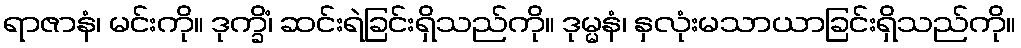
ရာဇာနံ၊ မင်းကို။ ဒုက္ခိံ၊ ဆင်းရဲခြင်းရှိသည်ကို။ ဒုမ္မနံ၊ နှလုံးမသာယာခြင်းရှိသည်ကို။